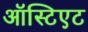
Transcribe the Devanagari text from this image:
ऑस्टिएट